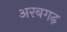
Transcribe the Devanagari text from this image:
अरबगढ़